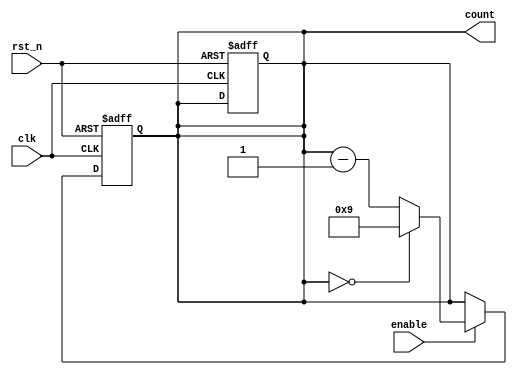
module BCD_Down_Counter (
    input wire clk,       // Clock input
    input wire rst_n,     // Active-low reset input
    input wire enable,    // Enable input
    output reg [3:0] count // BCD Down Counter output
);

reg [3:0] temp_count;

always @(posedge clk or negedge rst_n) begin
    if (~rst_n) begin
        count <= 4'b1001; // Initial value set to 9 in BCD format
        temp_count <= 4'b1001;
    end else if (enable) begin
        if (temp_count == 4'b0000) begin
            temp_count <= 4'b1001;
        end else begin
            temp_count <= temp_count - 4'b0001;
        end
    end
end

assign count = temp_count;

endmodule